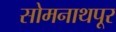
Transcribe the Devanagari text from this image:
सोमनाथपूर